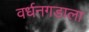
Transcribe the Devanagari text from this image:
वर्धनगडाला